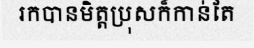
រកបានមិត្តប្រុសក៏កាន់តែ